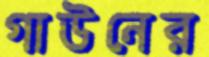
গাউনের